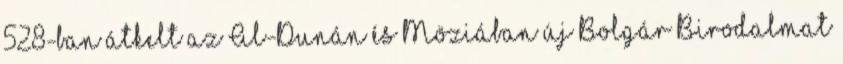
528-ban átkelt az Al-Dunán és Möziában új Bolgár Birodalmat